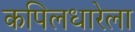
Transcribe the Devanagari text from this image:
कपिलधारेला